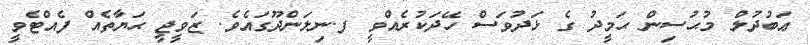
ޢަބުދުލް މުޙުސިން ޙަމީދު ގެ ޅަދުވަސް ހޭދަކުރެއްވީ ފ.ނިލަންދޫގައެވެ. ޒަވީޖީ ޙަޔާތެއް ފެއްޓެވީ